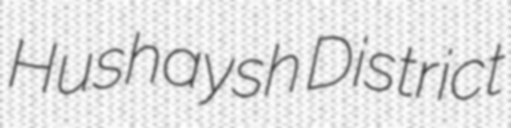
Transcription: Hushaysh District